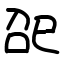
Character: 巶